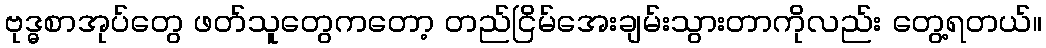
ဗုဒ္ဓစာအုပ်တွေ ဖတ်သူတွေကတော့ တည်ငြိမ်အေးချမ်းသွားတာကိုလည်း တွေ့ရတယ်။